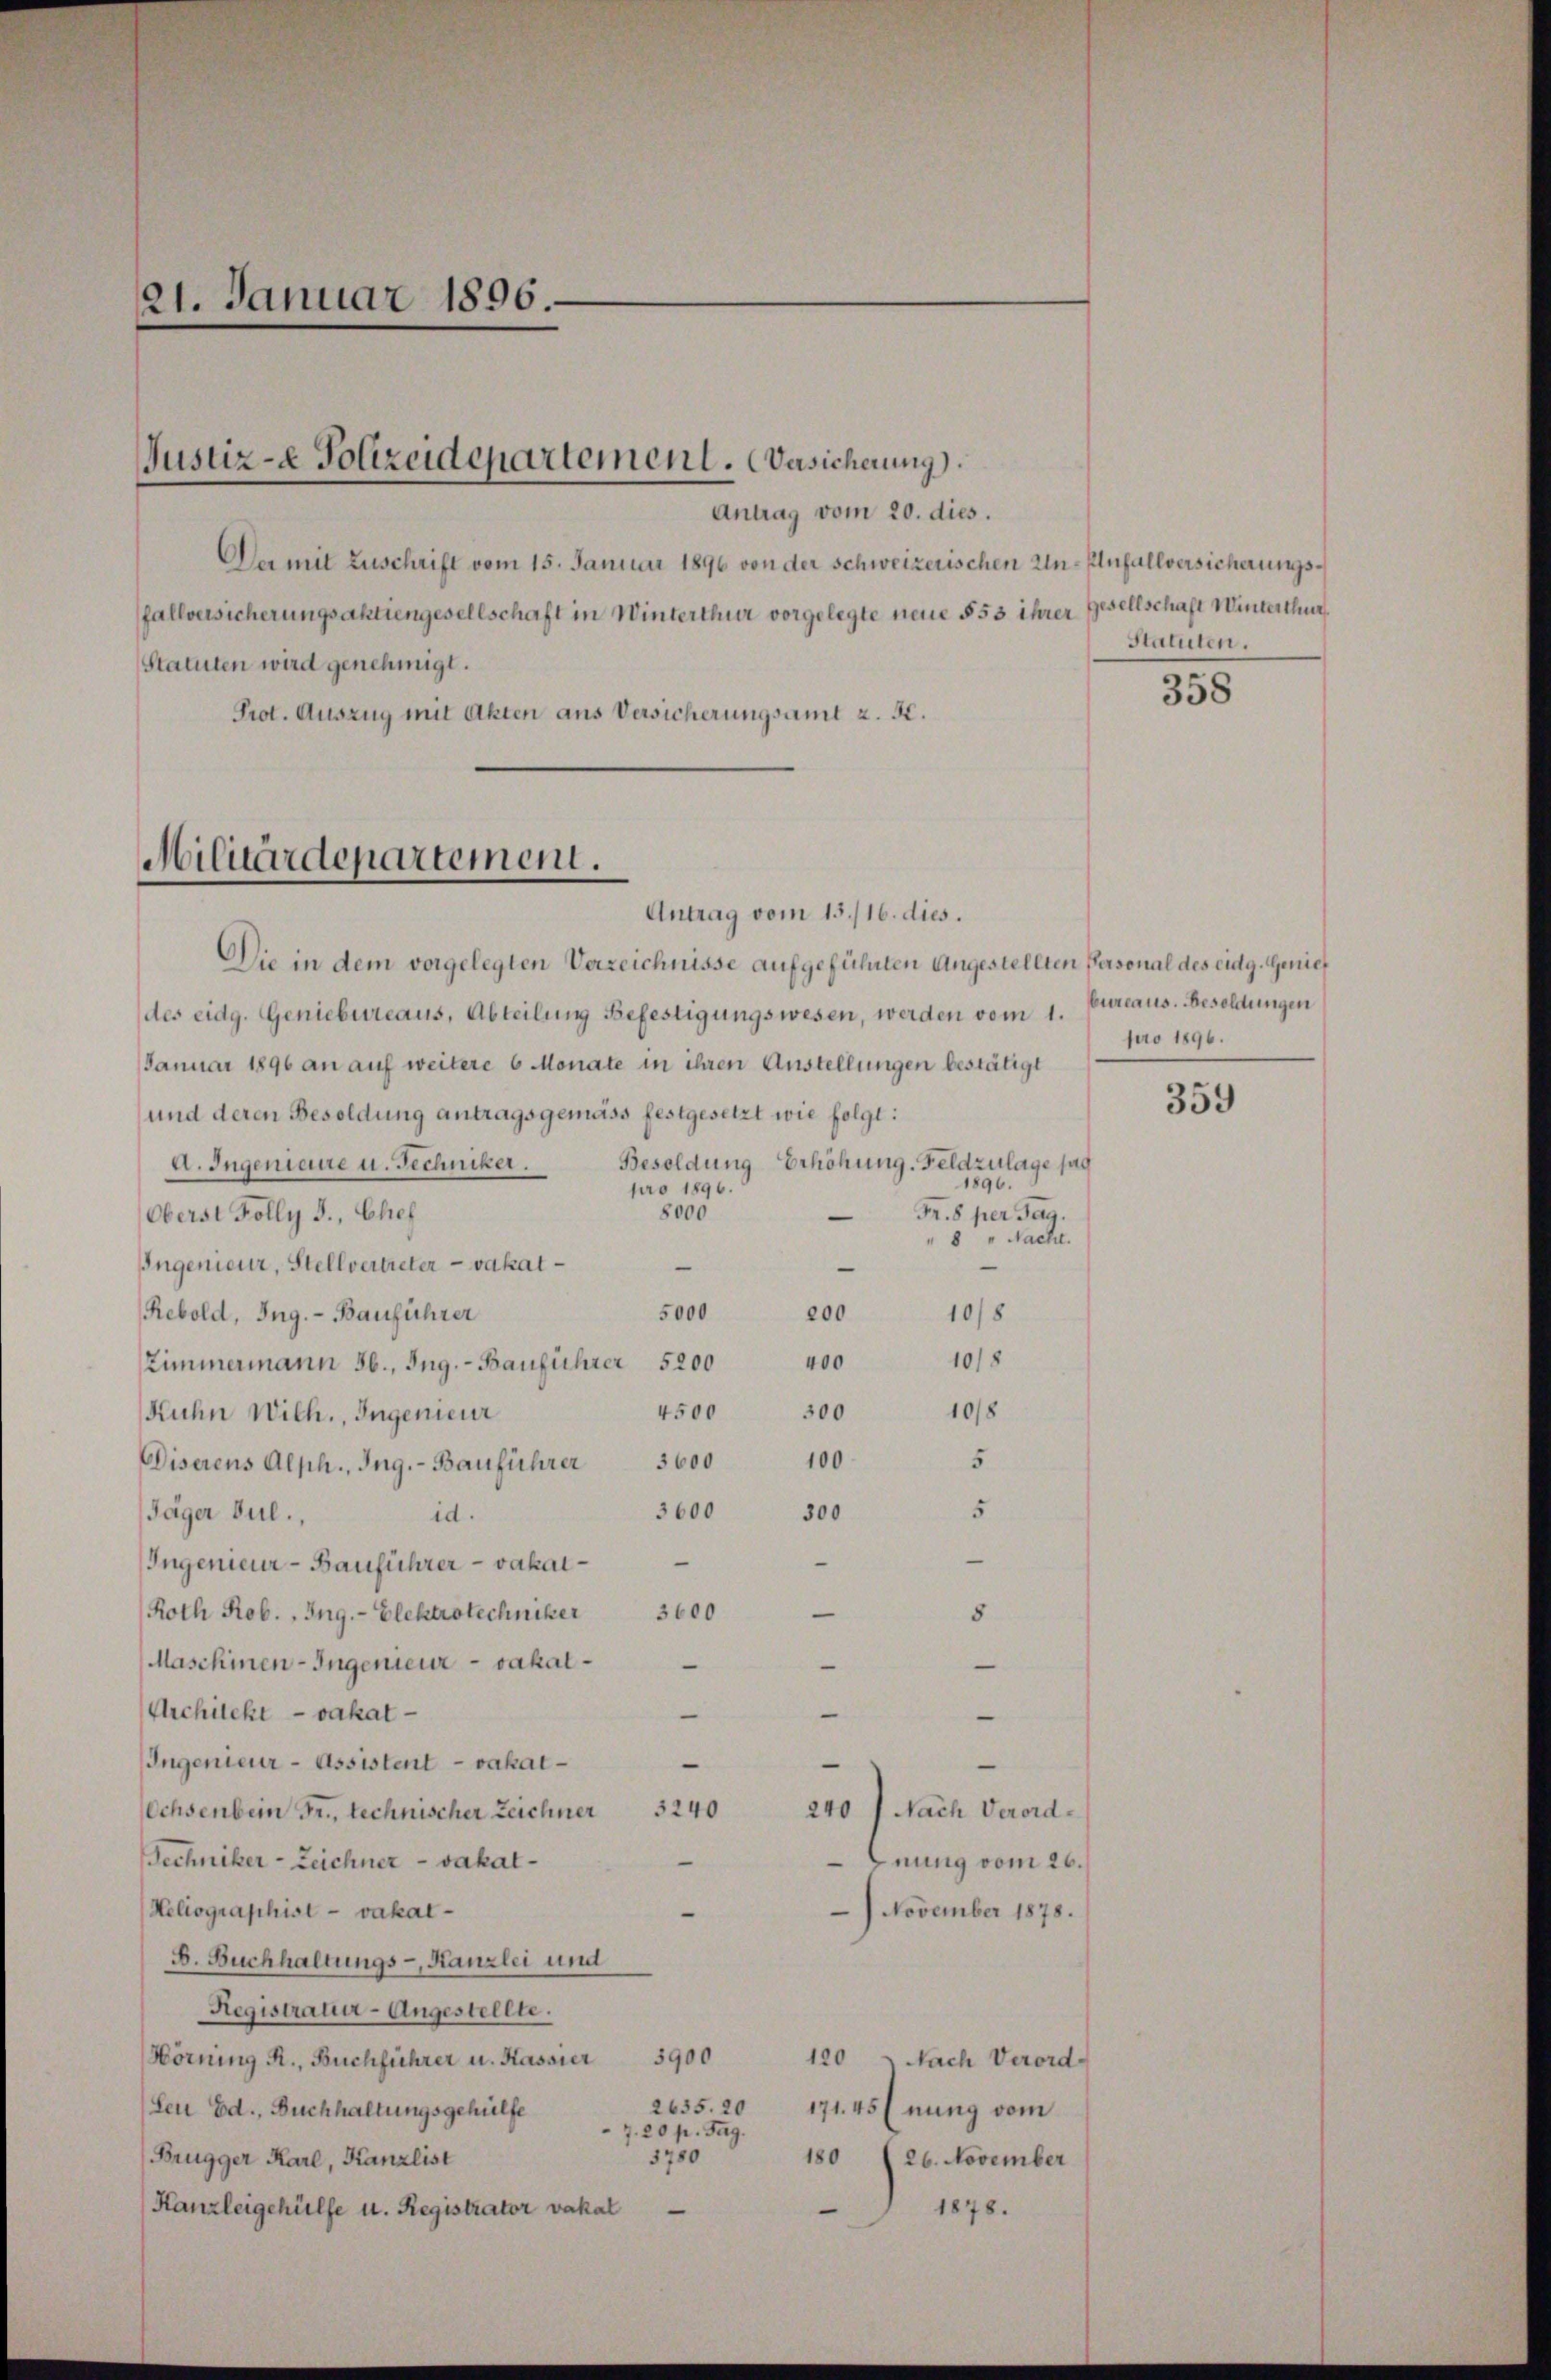
21. Januar 1896.

Antrag vom 20. dies.
Da mit Zuschrift vom 15. Januar 1896 von der schweizerischen Un-Aufallversicherungsfallversicherungsaktiengesellschaft in Winterthur vorgelegte neue § 53 ihrer Gesellschaft Winterthur
Statuten wird genehmigt.
Prot. Auszug mit Akten aus Versicherungsamt z. B.
Die in dem vorgelegten Verzeichnisse aufgeführten Angestellten Personal des eidg. Genief
des eidg. Geniebureaus, Abteilung Befestigungswesen, werden vom 1.
Januar 1896 an auf weitere 6 Monate in ihren Anstellungen bestätigt
und deren Besoldung antragsgemäss festgesetzt wie folgt:
Besoldung Erhöhung. Feldzulage sag
A. Ingenieure u. Techniker.
1896.
pro 1896.
8000
Fr. 8 per Tag.
Oberst Folly F., Chef
8 " Nacht.
Ingenieur, Stellvertreter vakat
—
5000
Rebold, Ing. - Bauführer
200
10/8
108
400
Zimmermann 56., Ing. - Bauführer 5200
10/8
300
4500
Kuhn Wilh., Ingenieur
5
100
Diserens Alph., Ing. - Bauführer 3600
5
300
3600
Jäger Jul.,
id.
Ingenieur-Bauführer - vakal¬
3600
Roth Rob. Ing. - Elektrotechniker
8
Maschinen-Ingenieur vakal¬
—
Architekt vakat
Ingenieur-Assistent vakal¬
Ochsenbein Fr., technischer Zeichner 240
240) Nach Verord¬
Techniker-Zeichner vakatnung vom 26.
Heliographist - vakal¬
) November 1878.
B. Buchhaltungs-Kanzlei und
Registrauer-Angestellte.
Hörning R., Buchführer u. Kassier 3900
120 - Nach Verord-
2635. 20
Leu Ed., Buchhaltungsgehülfe
171. 45 (nung vom
20 p. Tag.
5780
180
Brugger Karl, Kanzlist
26. November
Kanzleigehülfe u. Registrator vakat
1878.

Justiz-e Polizeidepartement. Versicherung).

Militärdepartement.
Antrag vom 13./16. dies.

Statuten.

358

bureaus. Besoldungen
pro 1896.

359